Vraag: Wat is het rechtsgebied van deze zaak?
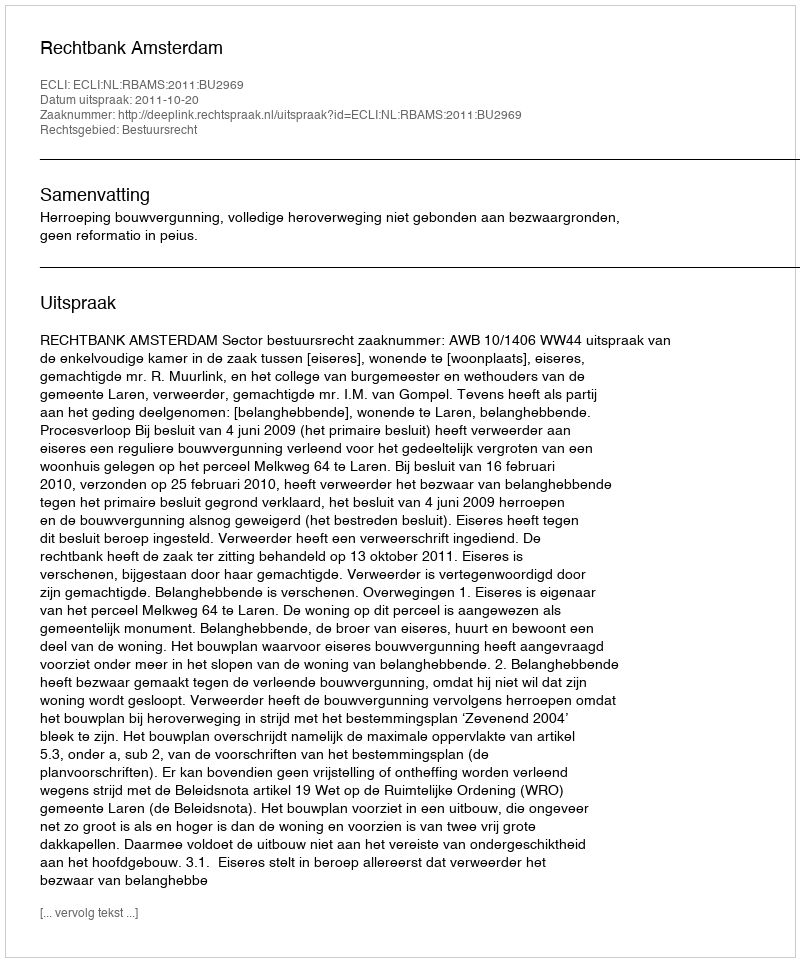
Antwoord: Bestuursrecht